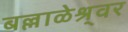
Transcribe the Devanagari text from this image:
बल्लाळेश्र्वर